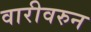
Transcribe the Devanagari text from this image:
वारीवरुन